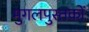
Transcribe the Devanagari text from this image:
मुगलपुस्तकों